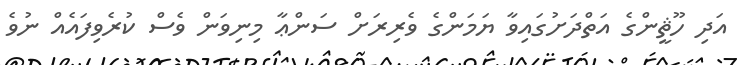
އަދި ހޫޘީންގެ އަތްދަށުގައިވާ ޔަމަންގެ ވެރިރަށް ސަންޢާ މިނިވަން ވެސް ކުރެވިފައެއް ނުވެ